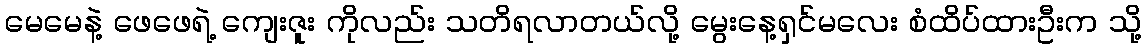
မေမေနဲ့ ဖေဖေရဲ့ ကျေးဇူး ကိုလည်း သတိရလာတယ်လို့ မွေးနေ့ရှင်မလေး စံထိပ်ထားဦးက သို့